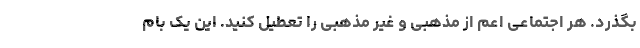
بگذرد. هر اجتماعی اعم از مذهبی و غیر مذهبی را تعطیل کنید. این یک بام